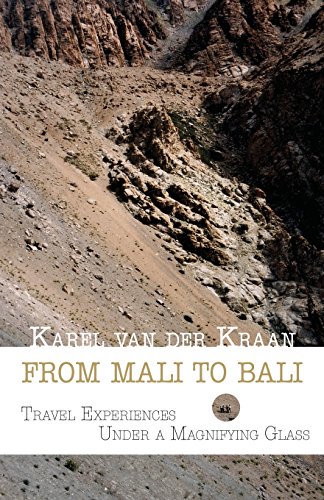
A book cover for From Mali to Bali: Travel Experiences under a Magnifying Glass; Karel van der Kraan; Travel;